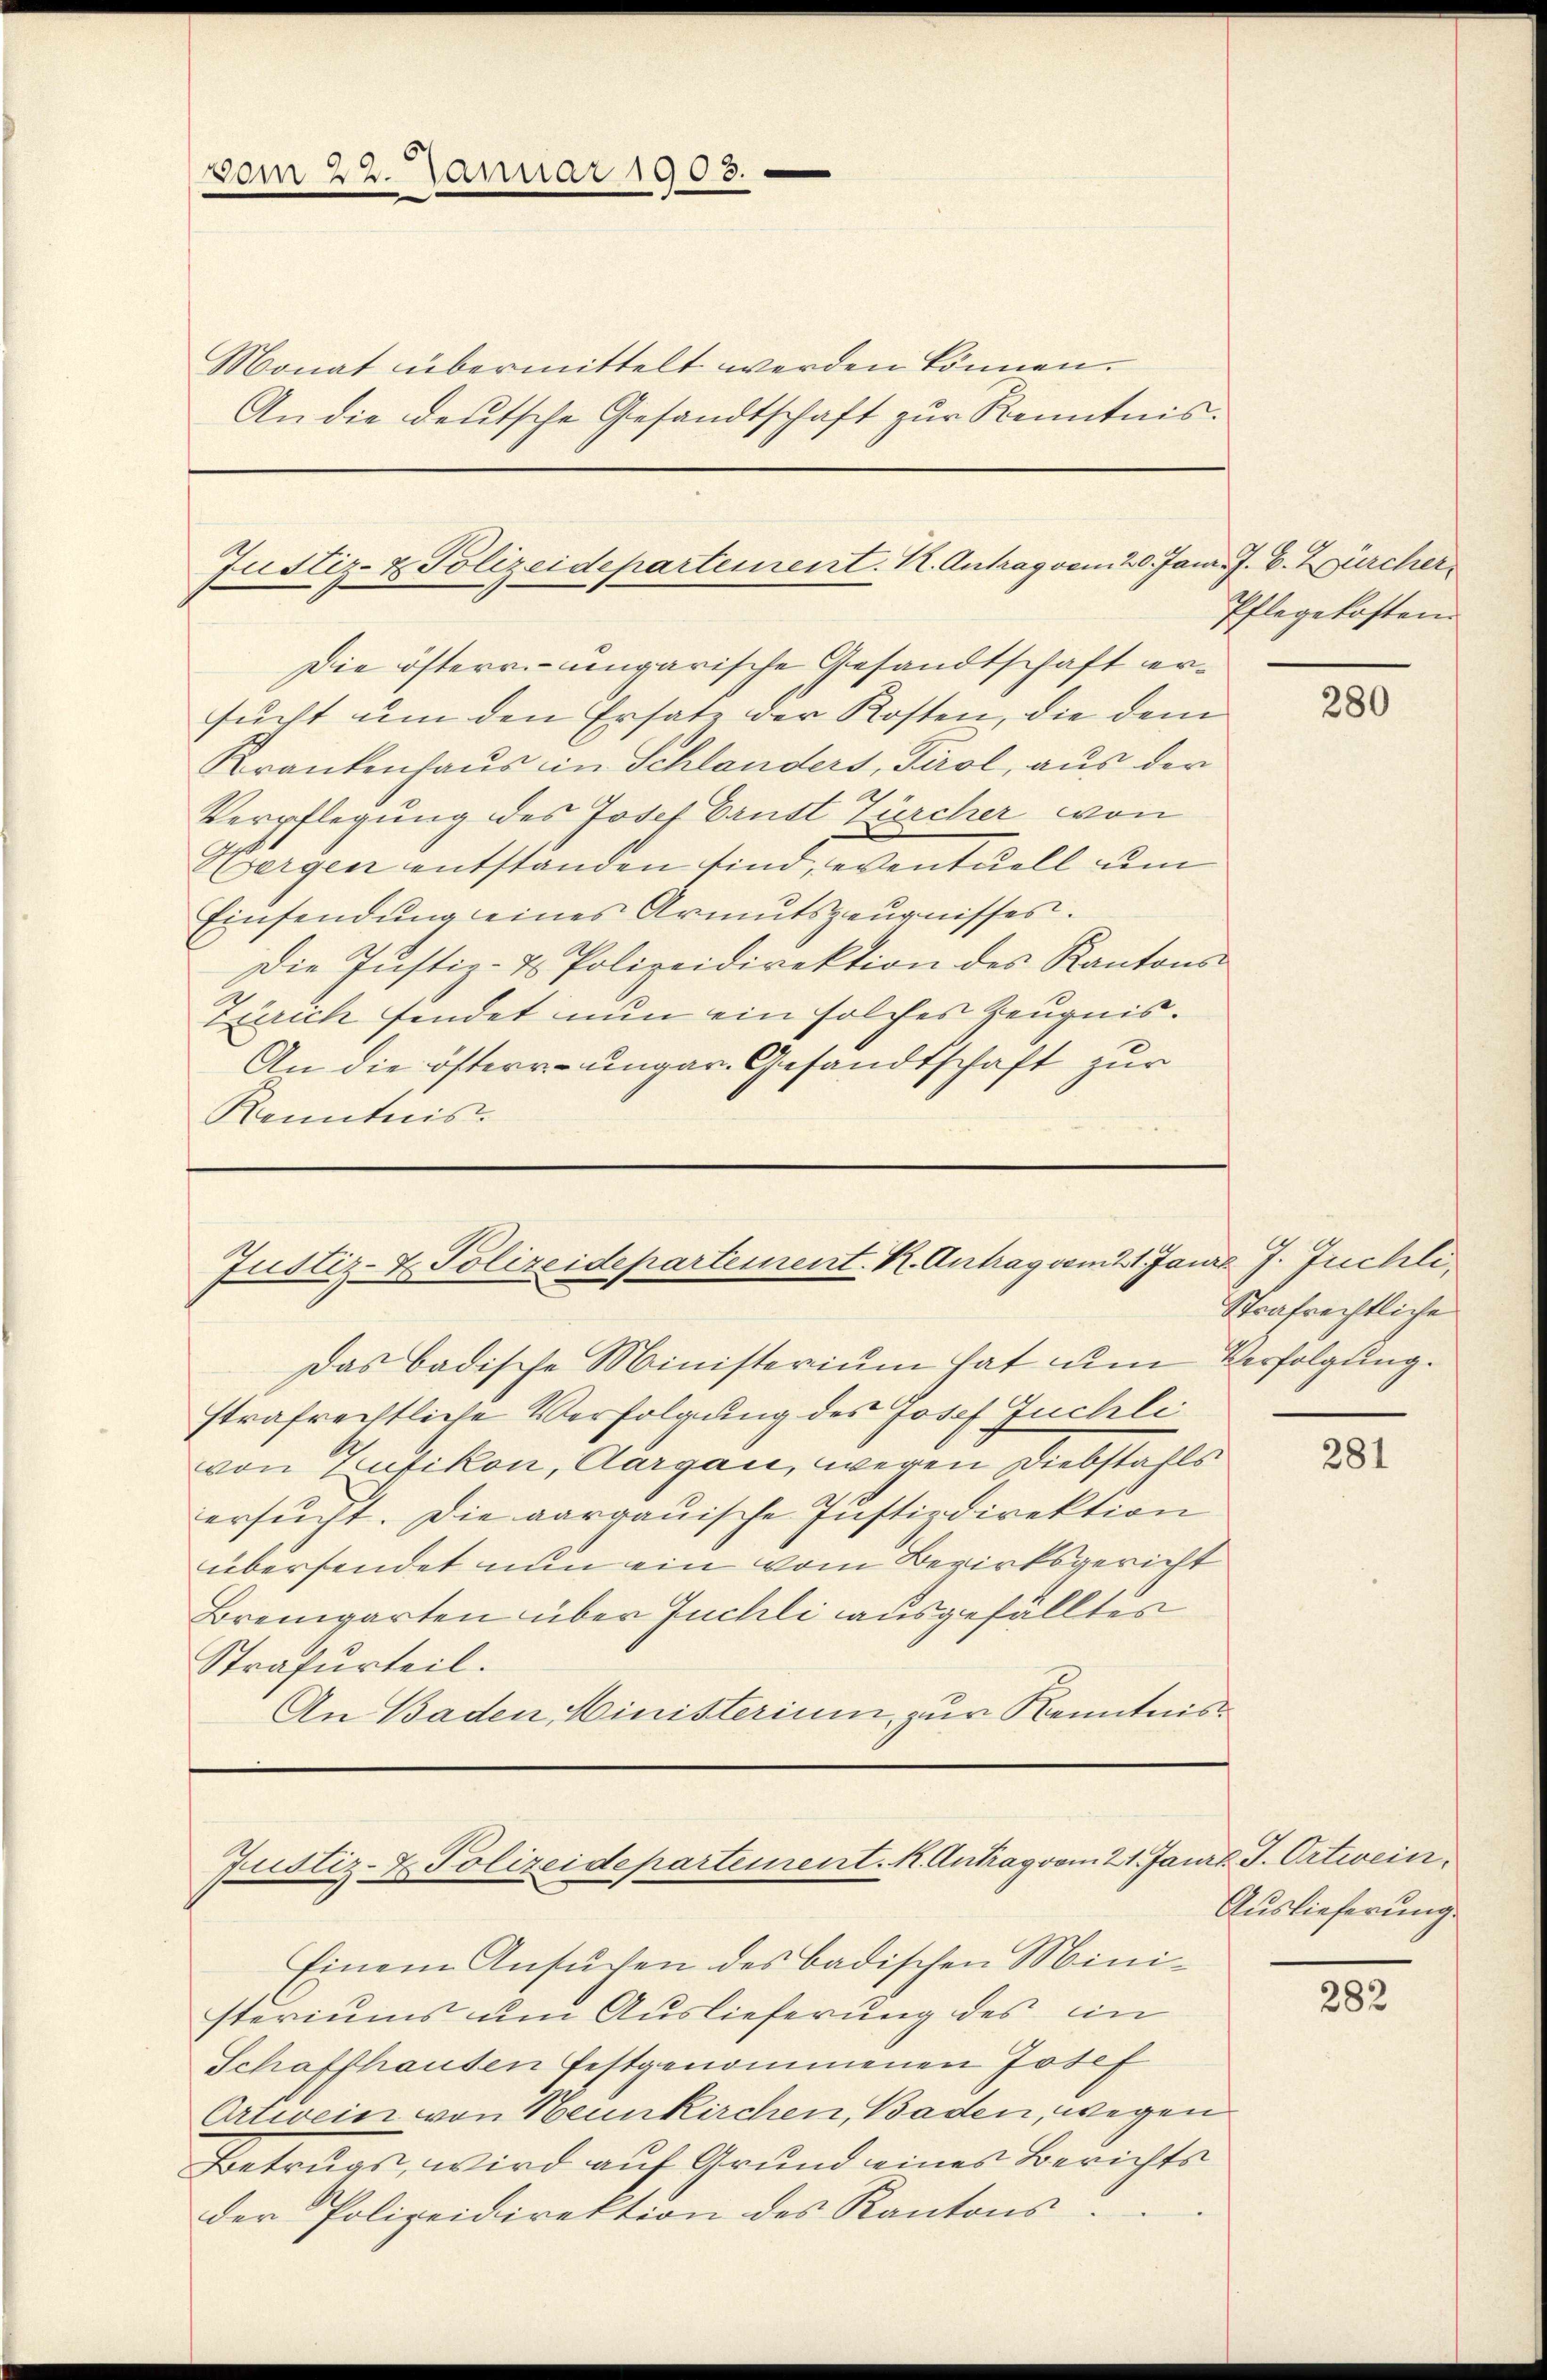
vom 22. Januar 1903.

Monat übermittelt werden können.
An die deutsche Gesandtschaft zur Kenntnis.

Justiz- & Polizeidepartement. K. Antrag vom 20. Jan. J. C. Zürcher

Die österr.-ungarische Gesandtschaft ersucht um den Ersatz der Kosten, die dem
Krankenhaus im Schlanders, Tirol, aus der
Verpflegung des Josef Erndt Zürcher von
Hergen entstanden sind, eventuell um
Einsendŭng eines Armutszeŭgnisses.
Die Justiz- & Polizeidirektion des Kantons-
Zürich findet nun ein solches Zeugnis.
An die österr. ungar. Gesandtschaft zur
Kenntnis.

Justiz- & Polizeidepartement. K. Antrag vom 21. Janr J. Juchli

Justiz- & Polizeidepartement. K. Antrag vom 21. Janrz. J. Ortwein.

Pflegekosten

Einem Ansuchen des badischen Ministeriums um Auslieferung des in
Schaffhausen festgenommenen Josef
Ortwein von Neunkirchen, Baden, wegen
Betrugs, wird auf Grund eines Berichts
der Polizeidirektion des Kantons

Das badische Ministerium hat um Verfolgung.
strafrechtliche Verfolgung des Josef Juchli
von Zufikon, Aargau, wegen Diebstahls
ersucht. Die aargauische Justizdirektion
übersendet nun ein vom Bezirksgericht
Bremgarten über Juchli ausgefälltes
Strafurteil.
An Baden Ministerium zur Kenntnis

280

Strafrechtliche

281

Auslieferung.

282